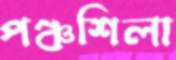
পঞ্চশিলা